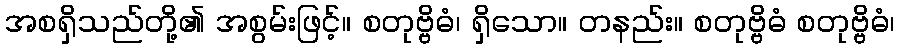
အစရှိသည်တို့၏ အစွမ်းဖြင့်။ စတုဗ္ဗိဓံ၊ ရှိသော။ တနည်း။ စတုဗ္ဗိဓံ စတုဗ္ဗိဓံ၊